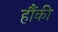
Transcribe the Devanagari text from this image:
हौंकी